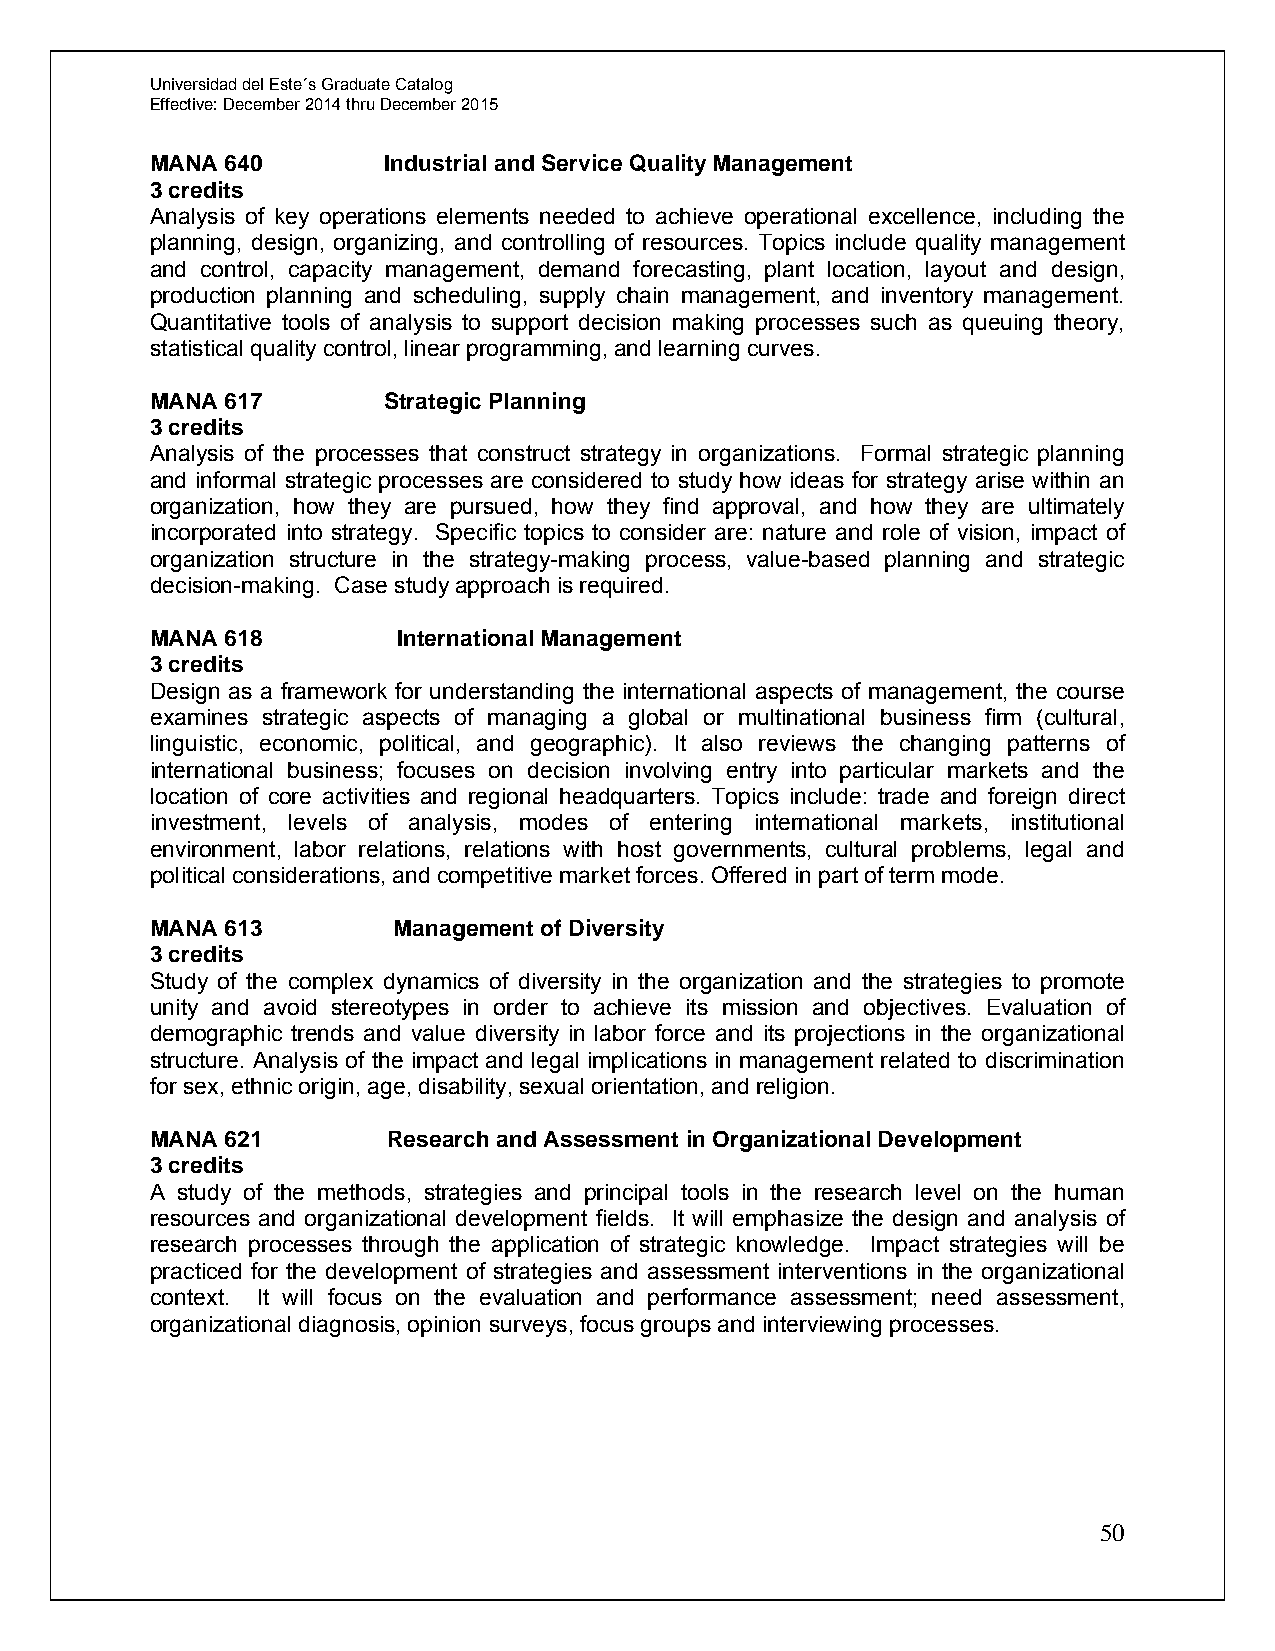
Universidad del Este´s Graduate Catalog
 Effective: December 2014 thru December 2015
 MANA 640       Industrial and Service Quality Management
 3 credits
 Analysis of key operations elements needed to achieve operational excellence, including the
 planning, design, organizing, and controlling of resources. Topics include quality management
 and control, capacity management, demand forecasting, plant location, layout and design,
 production planning and scheduling, supply chain management, and inventory management.
 Quantitative tools of analysis to support decision making processes such as queuing theory,
 statistical quality control, linear programming, and learning curves.
 MANA 617       Strategic Planning
 3 credits
 Analysis of the processes that construct strategy in organizations. Formal strategic planning
 and informal strategic processes are considered to study how ideas for strategy arise within an
 organization, how they are pursued, how they find approval, and how they are ultimately
 incorporated into strategy. Specific topics to consider are: nature and role of vision, impact of
 organization structure in the strategy-making process, value-based planning and strategic
 decision-making. Case study approach is required.
 MANA 618        International Management
 3 credits
 Design as a framework for understanding the international aspects of management, the course
 examines strategic aspects of managing a global or multinational business firm (cultural,
 linguistic, economic, political, and geographic). It also reviews the changing patterns of
 international business; focuses on decision involving entry into particular markets and the
 location of core activities and regional headquarters. Topics include: trade and foreign direct
 investment, levels of analysis, modes of entering international markets, institutional
 environment, labor relations, relations with host governments, cultural problems, legal and
 political considerations, and competitive market forces. Offered in part of term mode.
 MANA 613        Management of Diversity
 3 credits
 Study of the complex dynamics of diversity in the organization and the strategies to promote
 unity and avoid stereotypes in order to achieve its mission and objectives. Evaluation of
 demographic trends and value diversity in labor force and its projections in the organizational
 structure. Analysis of the impact and legal implications in management related to discrimination
 for sex, ethnic origin, age, disability, sexual orientation, and religion.
 MANA 621        Research and Assessment in Organizational Development
 3 credits
 A study of the methods, strategies and principal tools in the research level on the human
 resources and organizational development fields. It will emphasize the design and analysis of
 research processes through the application of strategic knowledge. Impact strategies will be
 practiced for the development of strategies and assessment interventions in the organizational
 context. It will focus on the evaluation and performance assessment; need assessment,
 organizational diagnosis, opinion surveys, focus groups and interviewing processes.
 50